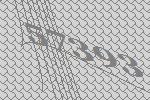
57393